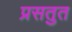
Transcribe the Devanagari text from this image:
प्रसतुत